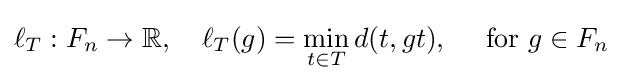
\ell _{T}:F_{n}\to \mathbb {R} ,\quad \ell _{T}(g)=\min _{t\in T}d(t,gt),\quad {\text{ for }}g\in F_{n}